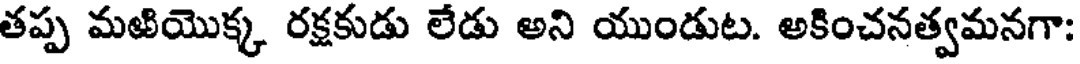
తప్ప మఱియొక్క రక్షకుడు లేడు అని యుండుట. అకించనత్వమనగా